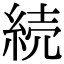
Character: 続